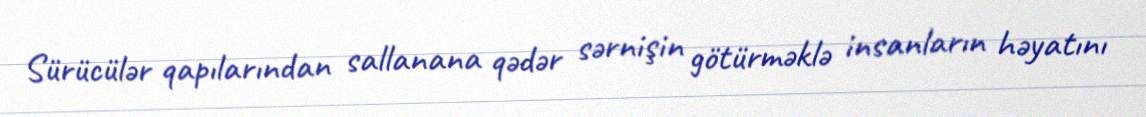
Sürücülər qapılarından sallanana qədər sərnişin götürməklə insanların həyatını